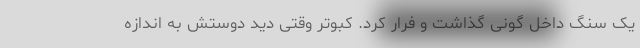
یک سنگ داخل گونی گذاشت و فرار کرد. کبوتر وقتی دید دوستش به اندازه